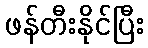
ဖန်တီးနိုင်ပြီး